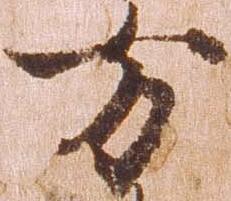
方